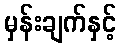
မှန်းချက်နှင့်